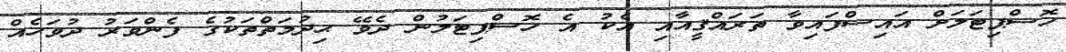
ހޮސްޕިޓަލަށް އައިސްފައިވާ ތަރައްޤީއާއި އެކު އެ ހޮސްޕިޓަލުން ދެވޭ ޙިދުމަތްތަކުގެ ފެންވަރު ދުވަހެއް